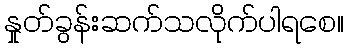
နှုတ်ခွန်းဆက်သလိုက်ပါရစေ။